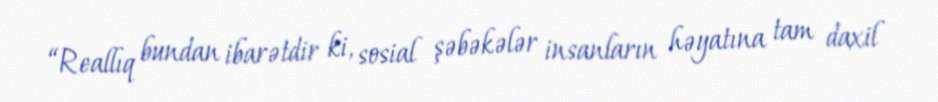
“Reallıq bundan ibarətdir ki, sosial şəbəkələr insanların həyatına tam daxil